Report on the lunatic asylums under the Government of Bombay - 1904-1913
Year: 1904
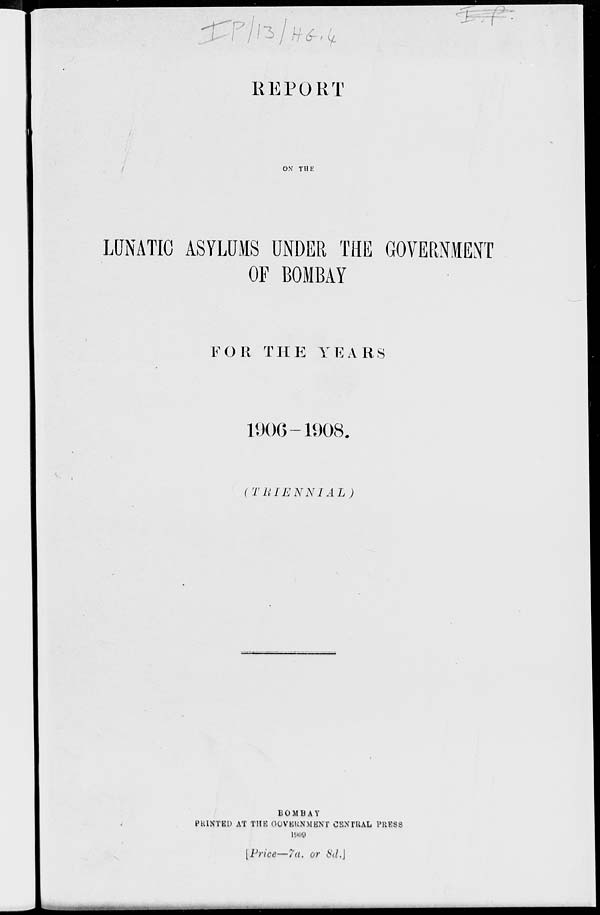
REPORT
ON THE
LUNATIC ASYLUMS UNDER THE GOVERNMENT
OF BOMBAY
FOR THE YEARS
1906—1908.
( TRIENNIAL )
BOMBAY
PRINTED AT THE GOVERNMENT CENTRAL PRESS
1909
[Price—7a. or 8d.]